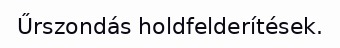
Űrszondás holdfelderítések.